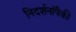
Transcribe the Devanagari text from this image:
निदर्शनांपैकी